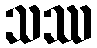
သဿ